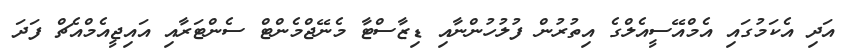
އަދި އެކަމުގައި އެމްއޭސީއެލްގެ އިތުރުން ފުލުހުންނާއި ޑިޒާސްޓާ މެނޭޖްމެންޓް ސެންޓަރާއި އައިޖީއެމްއެޗް ފަދަ